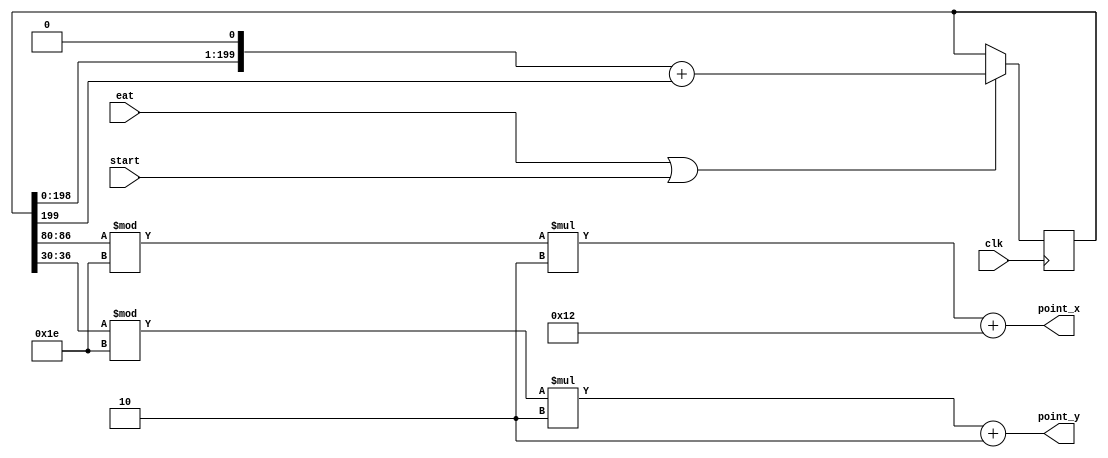
`timescale 1ns / 1ps
//////////////////////////////////////////////////////////////////////////////////
// Company: 
// Engineer: 
// 
// Design Name: 
// Module Name: random
// Project Name: 
// Target Devices: 
// Tool Versions: 
// Description: 
// 
// Dependencies: 
// 
// Revision:
// Revision 0.01 - File Created
// Additional Comments:
// 
//////////////////////////////////////////////////////////////////////////////////


module random(
input clk,
input eat,
input start,
output [6:0]point_x,
output [6:0]point_y
    );
    
    reg [199:0] random_number = 200'b0100100111110000011100001100101111101001111001101101001010000100110100111110001110010110111000011111011011100000011100110001101110100000100001100101100100101001010011101110111010111000110111100100010;
    reg ref;
    always @(posedge clk) begin
    if (eat || start)
    begin
    ref = random_number[199];
    random_number = random_number << 1;
    random_number = random_number + ref;
    end
    end
    
    assign point_x = (random_number [86:80] %30) *2 +18;
    assign point_y = (random_number [36:30] %30) *2 + 2;
    
    
endmodule